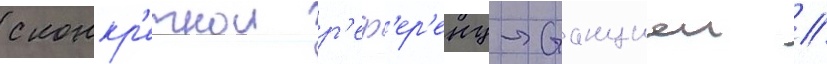
с конкр'етнои р'еф'ер'енц-станциеи //